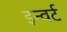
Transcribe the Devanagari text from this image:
इन्वर्ट